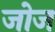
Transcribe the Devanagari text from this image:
जोज